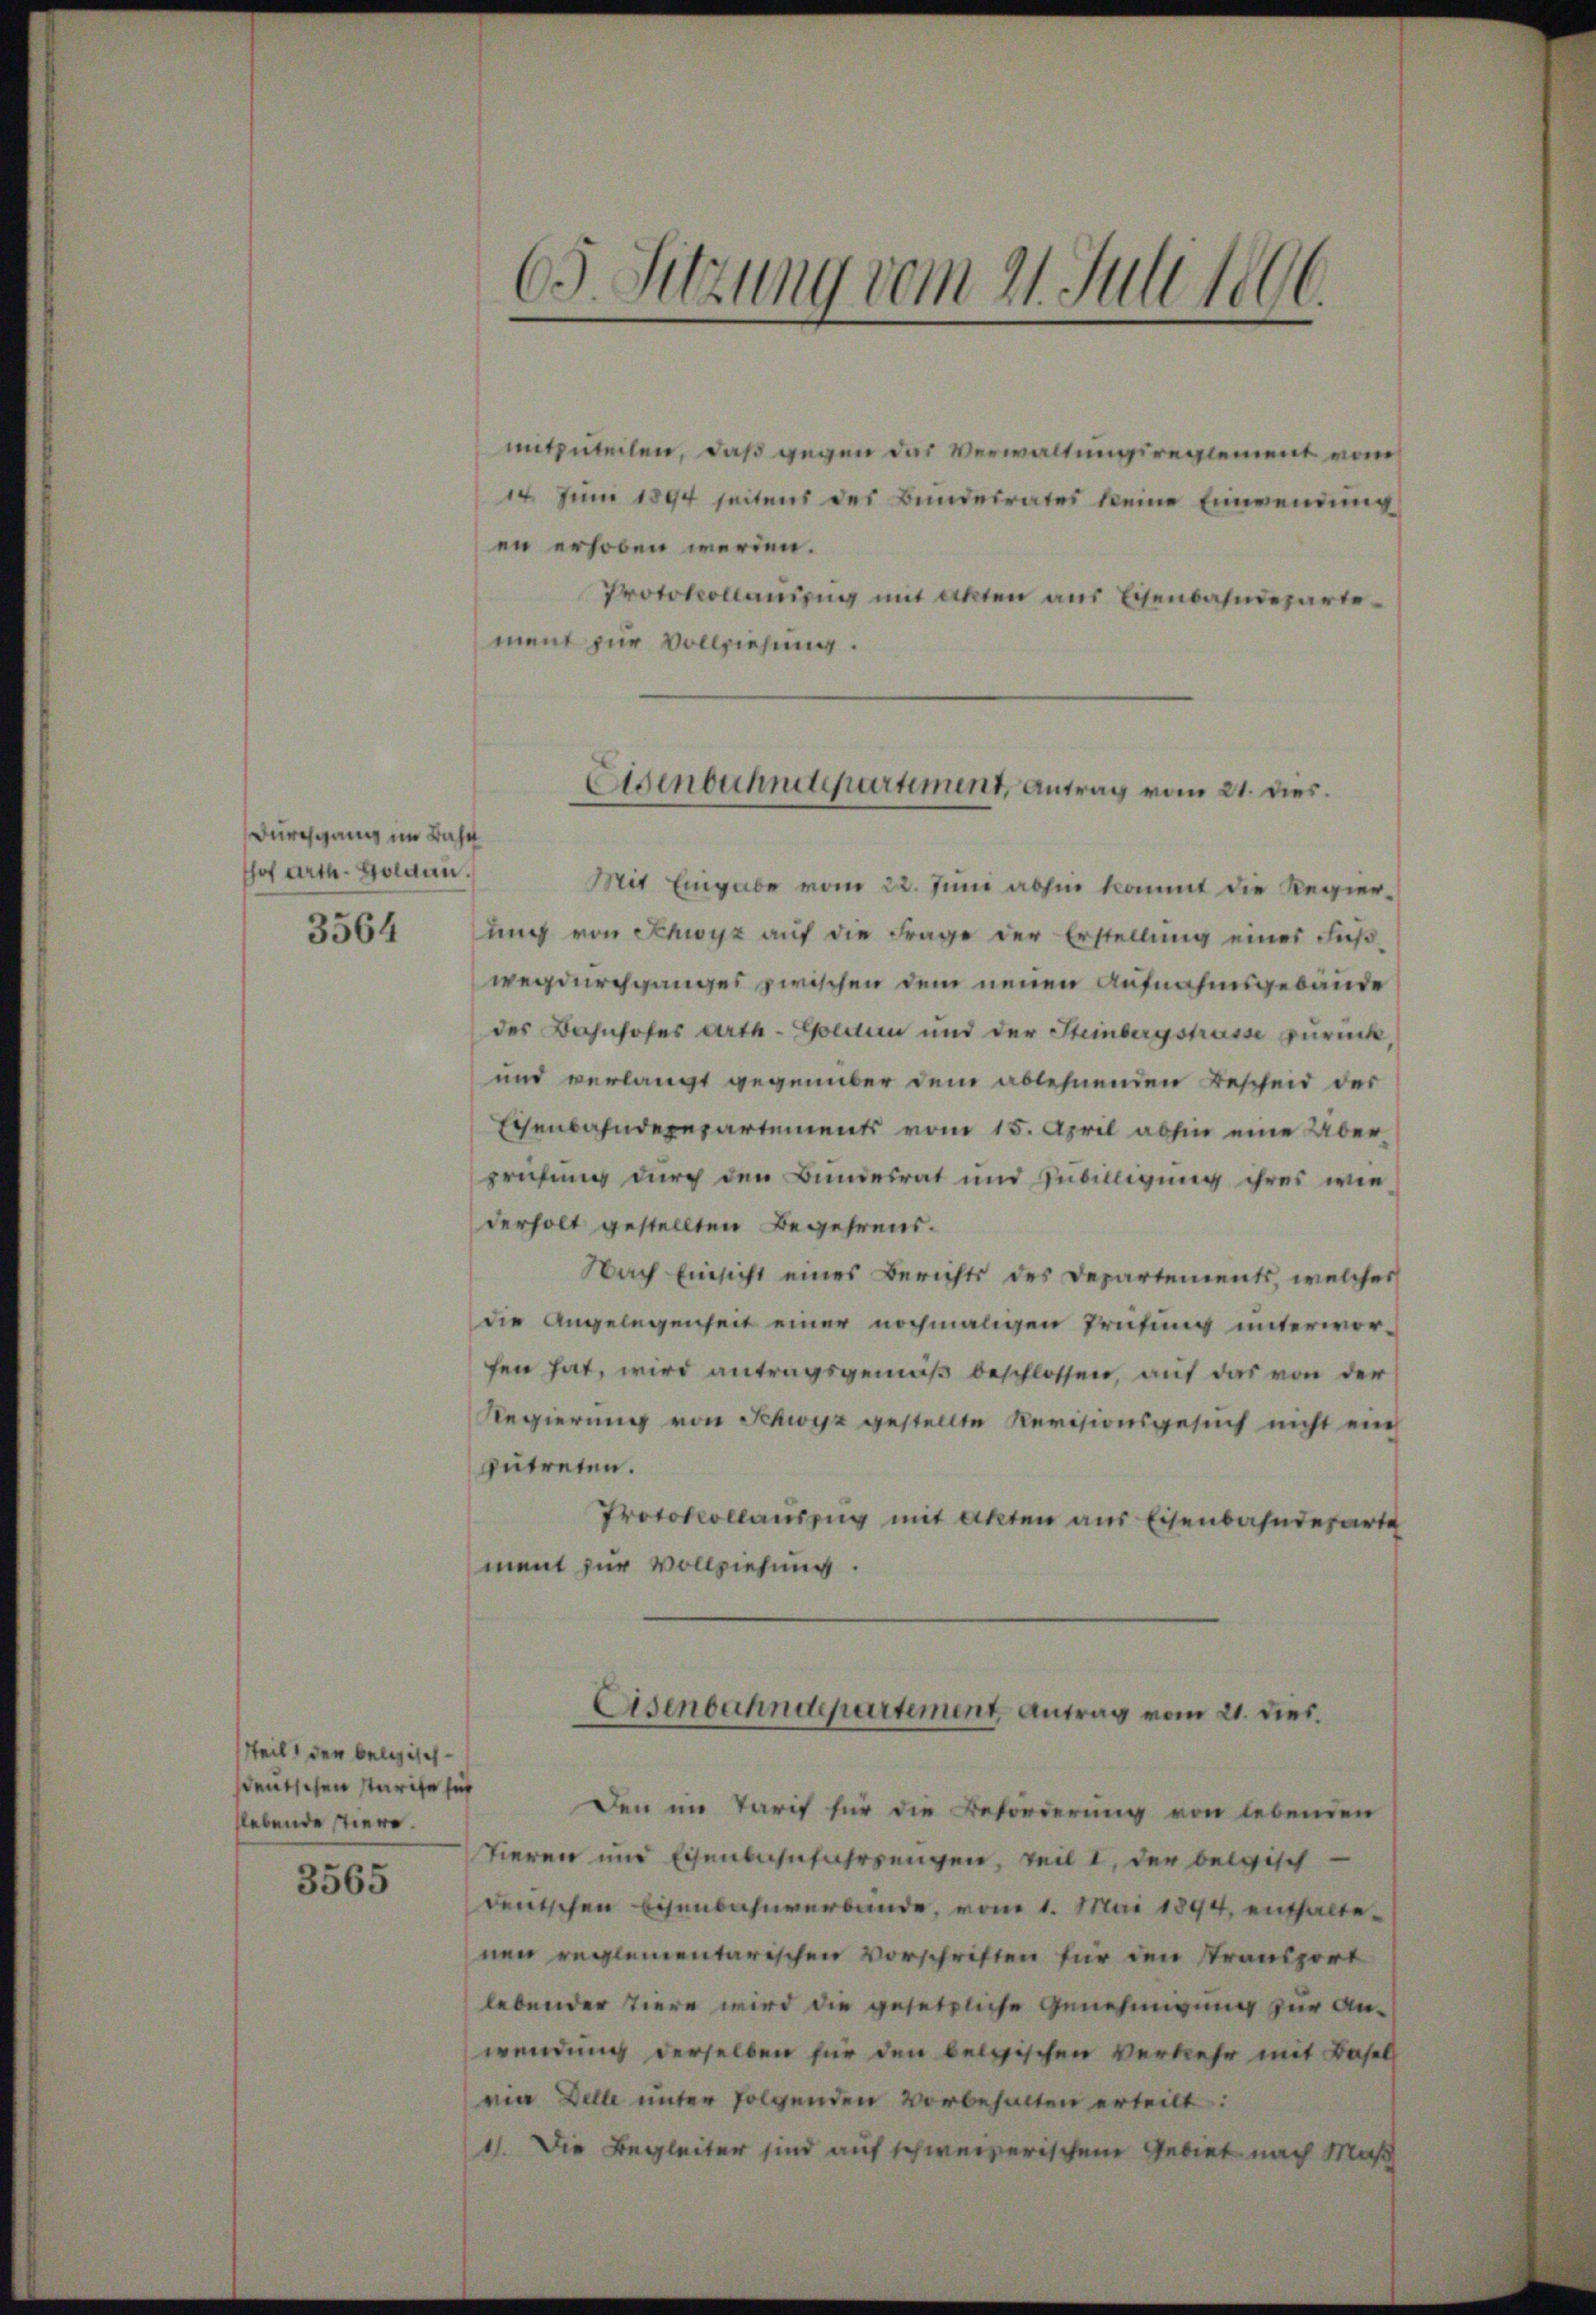
Durchgang im Bahn
shof Arth. Golden.

mitzuteilen, daß gegen das Verwaltungsreglement vom
14. Juni 1894 seitens des Bundesrates keine Einwendung
en erhoben werden.
Protokollanung mit akten aus Eisenbahndepartement zur Vollziehung.

tteil den beleisch-
sdeutschen starife sich
slebende stiere.

3565

1
65. Sitzung vom 21. Juli 1890.

Eisenbahndepartement, Antrag vom 21. dies

Mit Eingabe vom 22. Juni abhin kommt die Regier¬
3564 ung von Schwyz aŭf die Frage der Erstellŭng eines Füβ-
wegdurchganges zwischen dem neuen Aufnahmsgebäude
des Bahnhofes Arth - Golden und der Steinbergstrasse zurück,
und verlangt gegenüber dem ablehnenden Bescheid der
Eisenbahnderepartements vom 15. April abhin eine Überprüfung durch den Bundesrat und Zubilligung ihres wie
derholt gestellten Begehrens.
Nach Einsicht eines Berichts des Departements, welcher
die Angelegenheit einer nochmaligen Prüfung unterwor-
fen hat, wird antragsgemäß beschlossen, auf das von der
Regierung von Schwyz gestellte Revisionsgesuch nicht ei
zutreten.
Protokollauszug mit Akten aus Eisenbahnderarte
ment zur Vollziehung.

Asenbahndepartement, Antrag vom 21. dies.

Den im Tarif für die Beförderung von lebenden
Tieren und Eisenbahnfahrengen, teilt, der belgisch
deutschen Eisenbahnverbände, vom 1. Mai 1894, enthalte-
nen reglementarischen Vorschriften für den Stransport
lebender Tiere wird die gesetzliche Genehmigung zur Anwendung derselben für den belgischen Verkehr mit Basel
ria Delle unter folgenden vorbehalten erteilt:
1). Die Begleiter sind auf schweizerischen Gebiet nach Maß